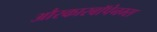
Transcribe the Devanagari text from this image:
औरकारबॉपेनम्स